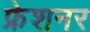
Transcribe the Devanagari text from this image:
फ्रेशनर